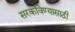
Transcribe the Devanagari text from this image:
सरकविण्यासाठी